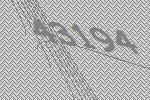
43194